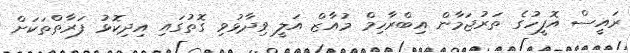
ރައީސް އޮފީހުގެ ތަރުޖަމާން އިބްރާހިމް މުއާޒް އަލީ ވިދާޅުވި ގޮތުގައި އިދިކޮޅު ފަރާތްތަކަށް